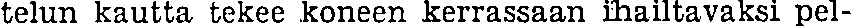
telun kautta tekee koneen kerrassaan ihailtavaksi pel-